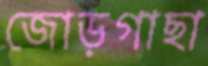
জোড়গাছা